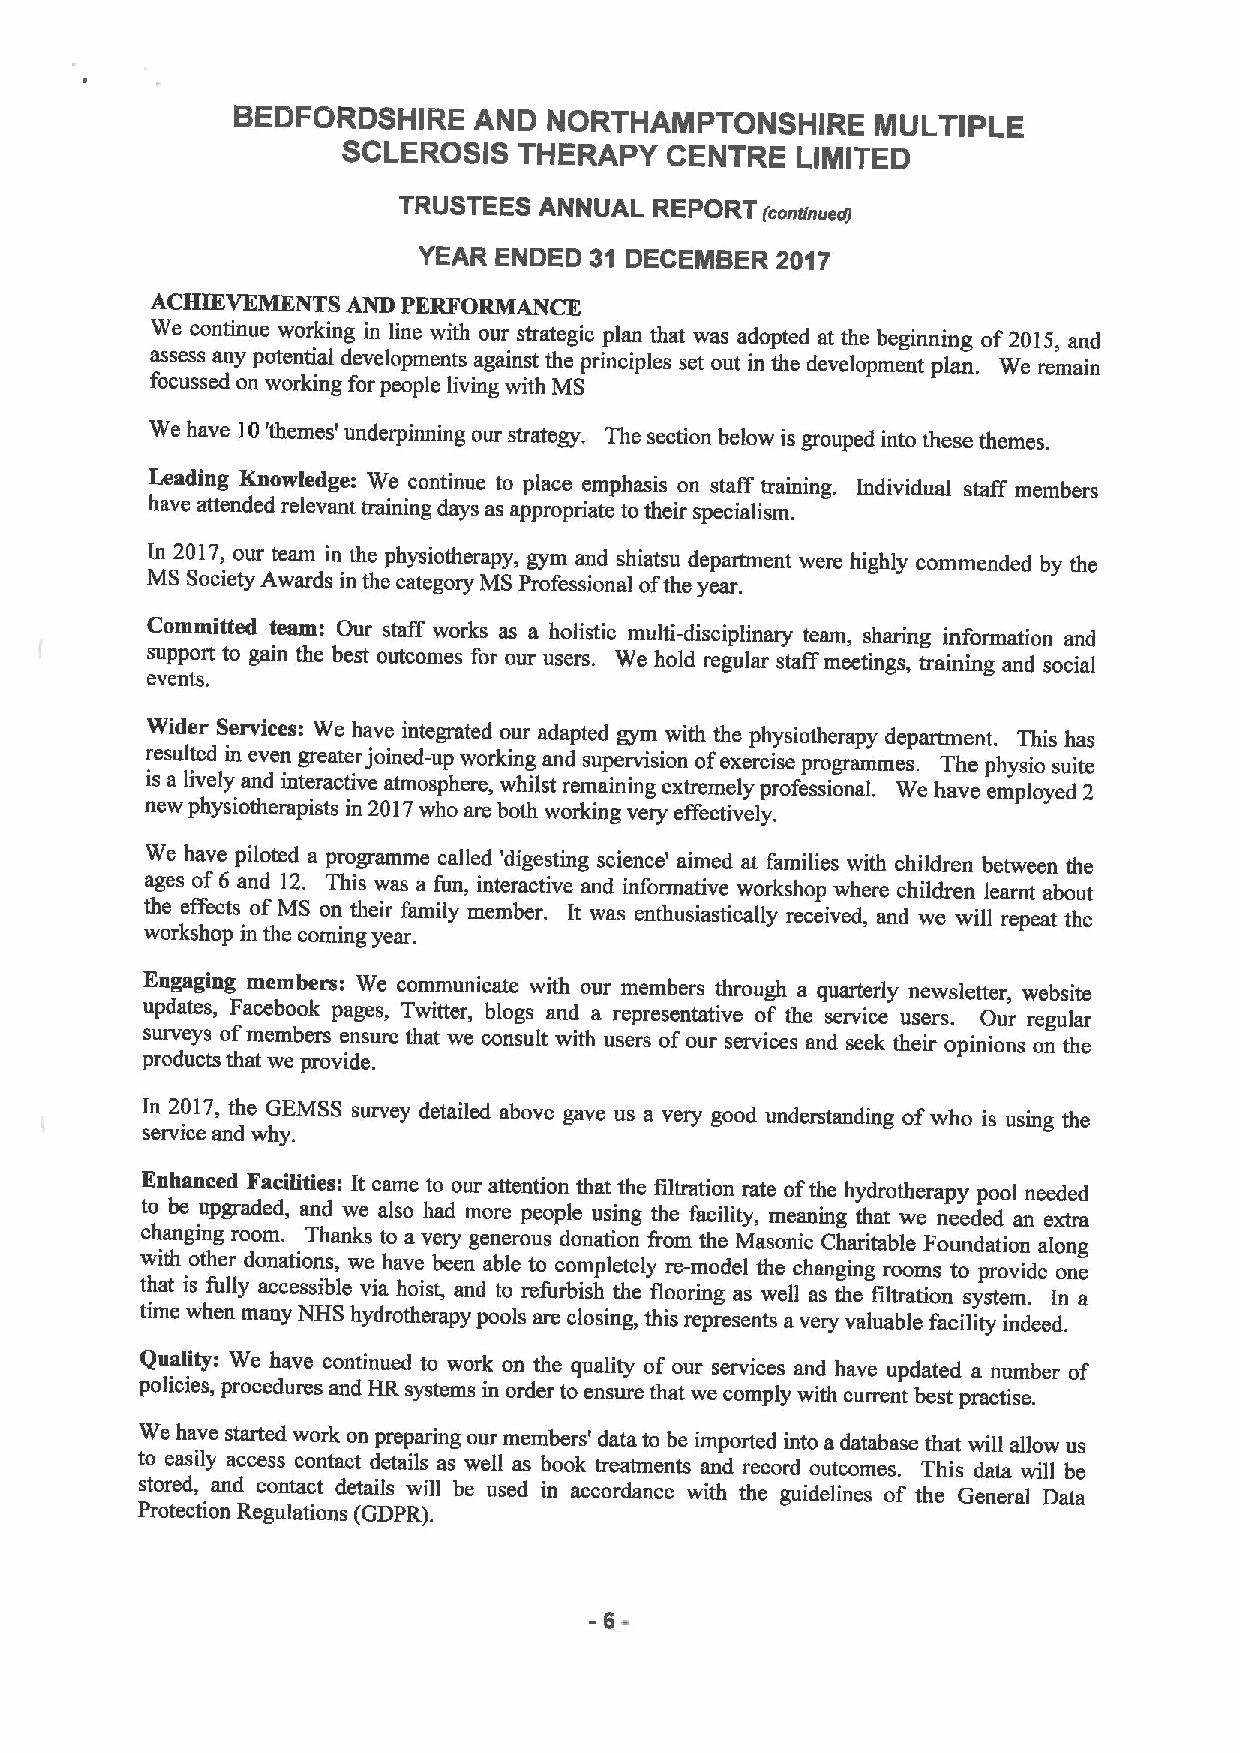
BEDFORDSHIRE    AND  NORTHAMPTONSHIRE      MULTIPLE
 SCLEROSIS  THERAPY   CENTRE   LIMITED
 TRUSTEES  ANNUAL REPORT
 (ccnunued)
 YEAR ENDED 31 DECEMBER 2017
 ACHIEVEMENTS AND PERFORMANCE
 We continue working in line with our strategic plan that was adopted at the beginning of2015, and
 assess any potential developments against the principles set out in the development plan. We remain
 focussed on working for people living with MS
 We have 10'themes' underpinning our strategy. The section below is grouped into these themes.
 Leading Knowledge: We continue to place emphasis on staff training. Individual staff members
 have attended relevant training days as appropriate to their specialism.
 In 2017, our team in the physiotherapy, gym and shiatsu department were highly commended by the
 MS Society Awards in the category MS Professional ofthe year.
 Coinmitted team: Our staff works as a holistic multi-disciplinary team, sharing information and
 support to gain the best outcomes for our users. We hold regular staff meetings, training and social
 events.
 Wider Services: We have integrated our adapted gym with the physiotherapy department. This has
 resulted in even greater joined-up working and supervision ofexeroise programmes. The physio suite
 is a lively and interaotive atmosphere, whilst remaining extremely professional. We have employed 2
 new physiotherapists in 2017who are both working very effectively.
 We have piloted a programme called 'digesting science' aimed at families with ohildren between the
 ages of6 and 12. This was a fun, interactive and informative workshop where children learnt about
 the effects ofMS on their family member. It was enthusiastically received, and we will repeat the
 workshop in the coming year.
 Engaging members: We communicate with our members through a quarterly newsletter, website
 updates, Facebook pages, Twitter, blogs and a representative of the service users. Our regular
 surveys ofmembers ensure that we consult with users ofour services and seek their opinions on the
 products that we provide.
 In 2017, the GEMSS survey detailed above gave us a very good understanding ofwho is using the
 service and why.
 Enhanced Facilities: It came to our attention that the filtration rate ofthe hydrotherapy pool needed
 to be upgraded, and we also had more people using the facility, meaning that we needed an extra
 changing room. Thanks to a very generous donation from the Masonic Charitable Foundation along
 with other donations, we have been able to completely re-model the changing rooms to provide one
 that is fully accessible via hoist, and to refurbish the flooring as well as the filtration system. In a
 time when many NHS hydrotherapy pools are closing, this represents avery valuable facility indeed.
 Quality: We have continued to work on the quality of our servioes snd have updated a number of
 policies, procedures and HR systems in order to ensure that we comply with current best practise.
 We have started work on preparing our members' data to be imported into a database that will allow us
 to easily access contact details as well as book treatments and record outcomes. This data will be
 stored, and contact details will be used in accordance with the guidelines of the General Data
 Protection Regulations (GDPR).
 -6-